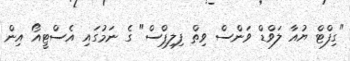
"ގިފްޓް ޔުއާ ލަވްޑް ވަންސް ވިތް ފިލިޕްސް" ގެ ނަމުގައި އެސްޓީއޯ އިން